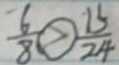
\frac { 6 } { 8 } \textcircled { > } \frac { 1 5 } { 2 4 }